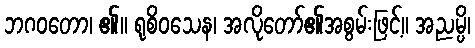
ဘဂဝတော၊ ၏။ ရုစိဝသေန၊ အလိုတော်၏အစွမ်းဖြင့်။ အညမ္ပိ၊